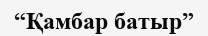
“Қамбар батыр”